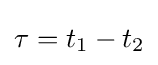
\tau =t_{1}-t_{2}